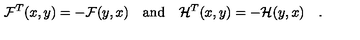
{ \cal F } ^ { T } ( x , y ) = - { \cal F } ( y , x ) \quad \mathrm { a n d } \quad { \cal H } ^ { T } ( x , y ) = - { \cal H } ( y , x ) \quad .